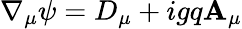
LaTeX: \nabla_{\mu}\psi=D_{\mu}+igq\mathbf{A}_{\mu}